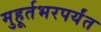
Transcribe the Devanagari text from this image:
मुहूर्तभरपर्यंत